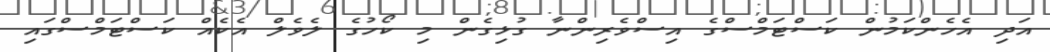
އަދި އެހެންކަމުން ކަސްޓަމްސްގެ އިސްވެރިންނާ ގުޅިގެން މި ކޯހުގެ ލެވެލް އެކެއް ކަސްޓަމްސްގައި